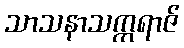
သာသနာသက္ကရာဇ်